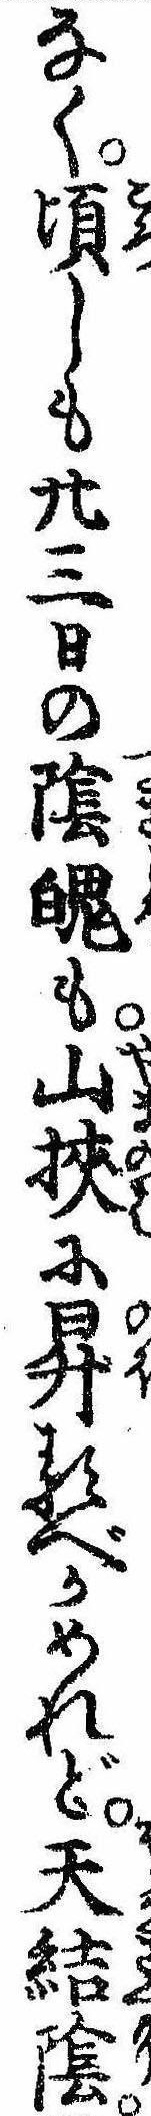
なく頃しも廿三日の陰魄も山挟に昇るべかめれど天結陰